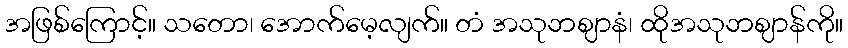
အဖြစ်ကြောင့်။ သတော၊ အောက်မေ့လျက်။ တံ အသုဘဈာနံ၊ ထိုအသုဘဈာန်ကို။